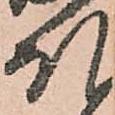
ほ